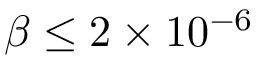
\beta \leq 2 \times 1 0 ^ { - 6 }